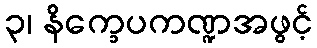
၃၊ နိက္ခေပကဏ္ဍအဖွင့်